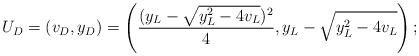
LaTeX: \begin{align*}U_D=(v_D,y_D)=\left(\frac{(y_L-\sqrt{y_L^2-4v_L})^2}{4},y_L-\sqrt{y_L^2-4v_L} \right);\end{align*}